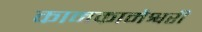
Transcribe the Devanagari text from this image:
कामकामेश्वरी